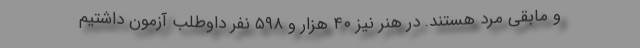
و مابقی مرد هستند. در هنر نیز ۴۰ هزار و ۵۹۸ نفر داوطلب آزمون داشتیم